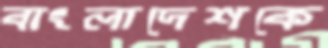
বাংলাদেশকে